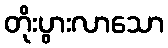
တိုးပွားလာသော